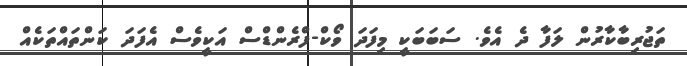
ތަޖުރިބާކާރުން ލަފާ ދެ އެވެ. ސަބަބަކީ މިފަދަ ވޯކް-ފްރެންޑްސް އަކީވެސް އެފަދަ ކަންތައްތަކެއް